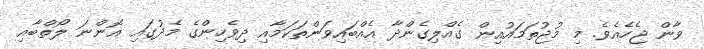
ވާން ޖެހެއެވެ. މި މުޖުތަމައުއިން ގެއްލިގެންދާ އެއްބައިވަންތަކަމާއި ދިވެހިންގެ މެދުގައި އޮންނަ ލޯތްބާއި